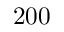
2 0 0